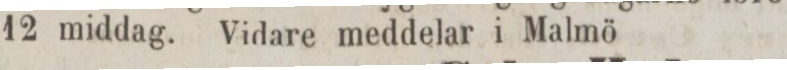
12 middag. Vidare meddelar i Malmö